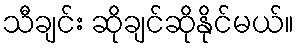
သီချင်း ဆိုချင်ဆိုနိုင်မယ်။